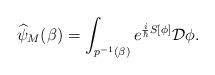
LaTeX: \begin{align*}\widehat{\psi}_M(\beta) = \int_{p^{-1}(\beta)}e^{\frac{i}{\hbar}S[\phi]}\mathcal{D}\phi.\end{align*}